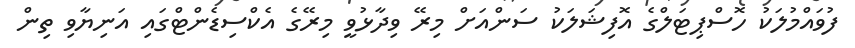
ފުވައްމުލަކު ހޮސްޕިޓަލްގެ އޮފިޝަލަކު ސަންއަށް މިރޭ ވިދާޅުވީ މިރޭގެ އެކްސިޑެންޓްގައި އަނިޔާވި ތިން